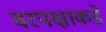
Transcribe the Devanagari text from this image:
वरपक्षाकडे